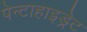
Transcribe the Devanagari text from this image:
पेन्टाहाइड्रेट